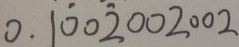
0 . 1 \dot { 0 } 0 \dot { 2 } 0 0 2 0 0 2